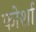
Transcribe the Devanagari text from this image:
फोर्शा